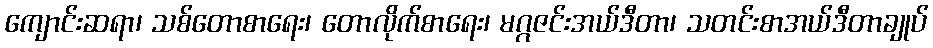
ကျောင်းဆရာ၊ သစ်တောစာရေး၊ တောလိုက်စာရေး၊ မဂ္ဂဇင်းအယ်ဒီတာ၊ သတင်းစာအယ်ဒီတာချုပ်